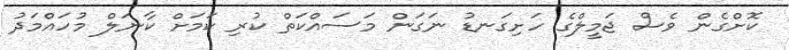
ކޮށްގެން ވެސް ޖަމީލްގެ ހަށިގަނޑު ނަގަން މަސައްކަތް ކުރި ކަމަށް ކާނަލް މުހައްމަދު